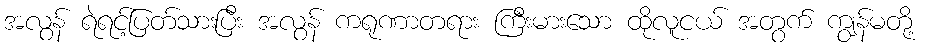
အလွန် ရဲရင့်ပြတ်သားပြီး အလွန် ကရုဏာတရား ကြီးမားသော ထိုလူငယ် အတွက် ကျွန်မတို့